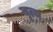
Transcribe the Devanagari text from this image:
वृत्य